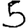
Digit: 5